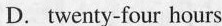
D. twenty-four hours